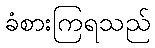
ခံစားကြရသည်